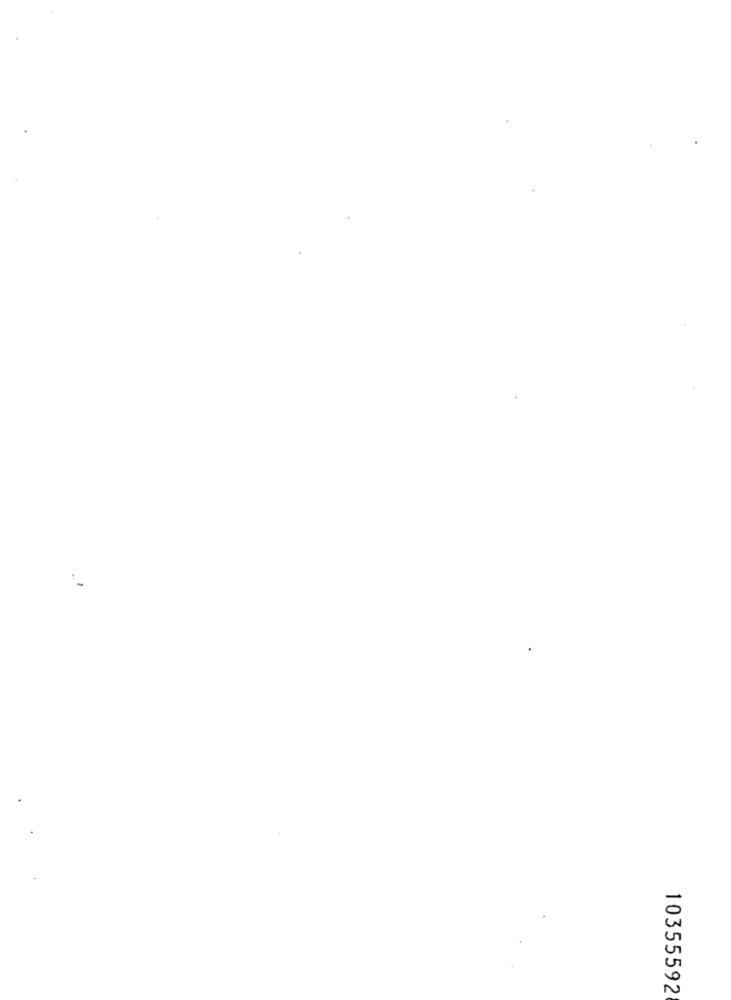
10355592